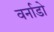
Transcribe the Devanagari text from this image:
वर्नाडो